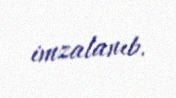
imzalanıb.